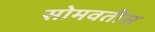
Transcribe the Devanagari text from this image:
सोमवतीस